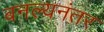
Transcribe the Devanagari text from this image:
बनल्यनंतर